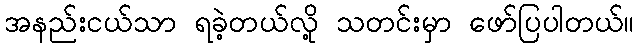
အနည်းငယ်သာ ရခဲ့တယ်လို့ သတင်းမှာ ဖော်ပြပါတယ်။